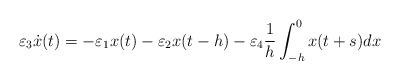
LaTeX: \begin{align*}\varepsilon_3 \dot{x}(t) = -\varepsilon_1 x(t) - \varepsilon_2 x(t-h) - \varepsilon_4 \frac{1}{h} \int_{-h}^0 x(t+s) dx\end{align*}